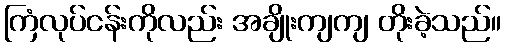
ကြံလုပ်ငန်းကိုလည်း အချိုးကျကျ တိုးခဲ့သည်။